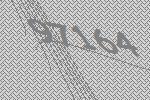
97164